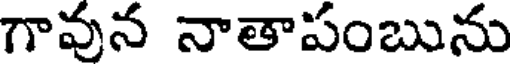
గావున నాతాపంబును